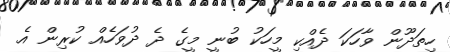
ހިތަދޫން ވާހަކަ ދެއްކި މީހަކު ބުނީ މީގެ ދެ ދުވަހެއް ކުރިން އެ